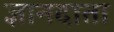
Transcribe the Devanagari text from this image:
ज्ञानदाता